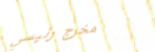
مخرج رئيسي